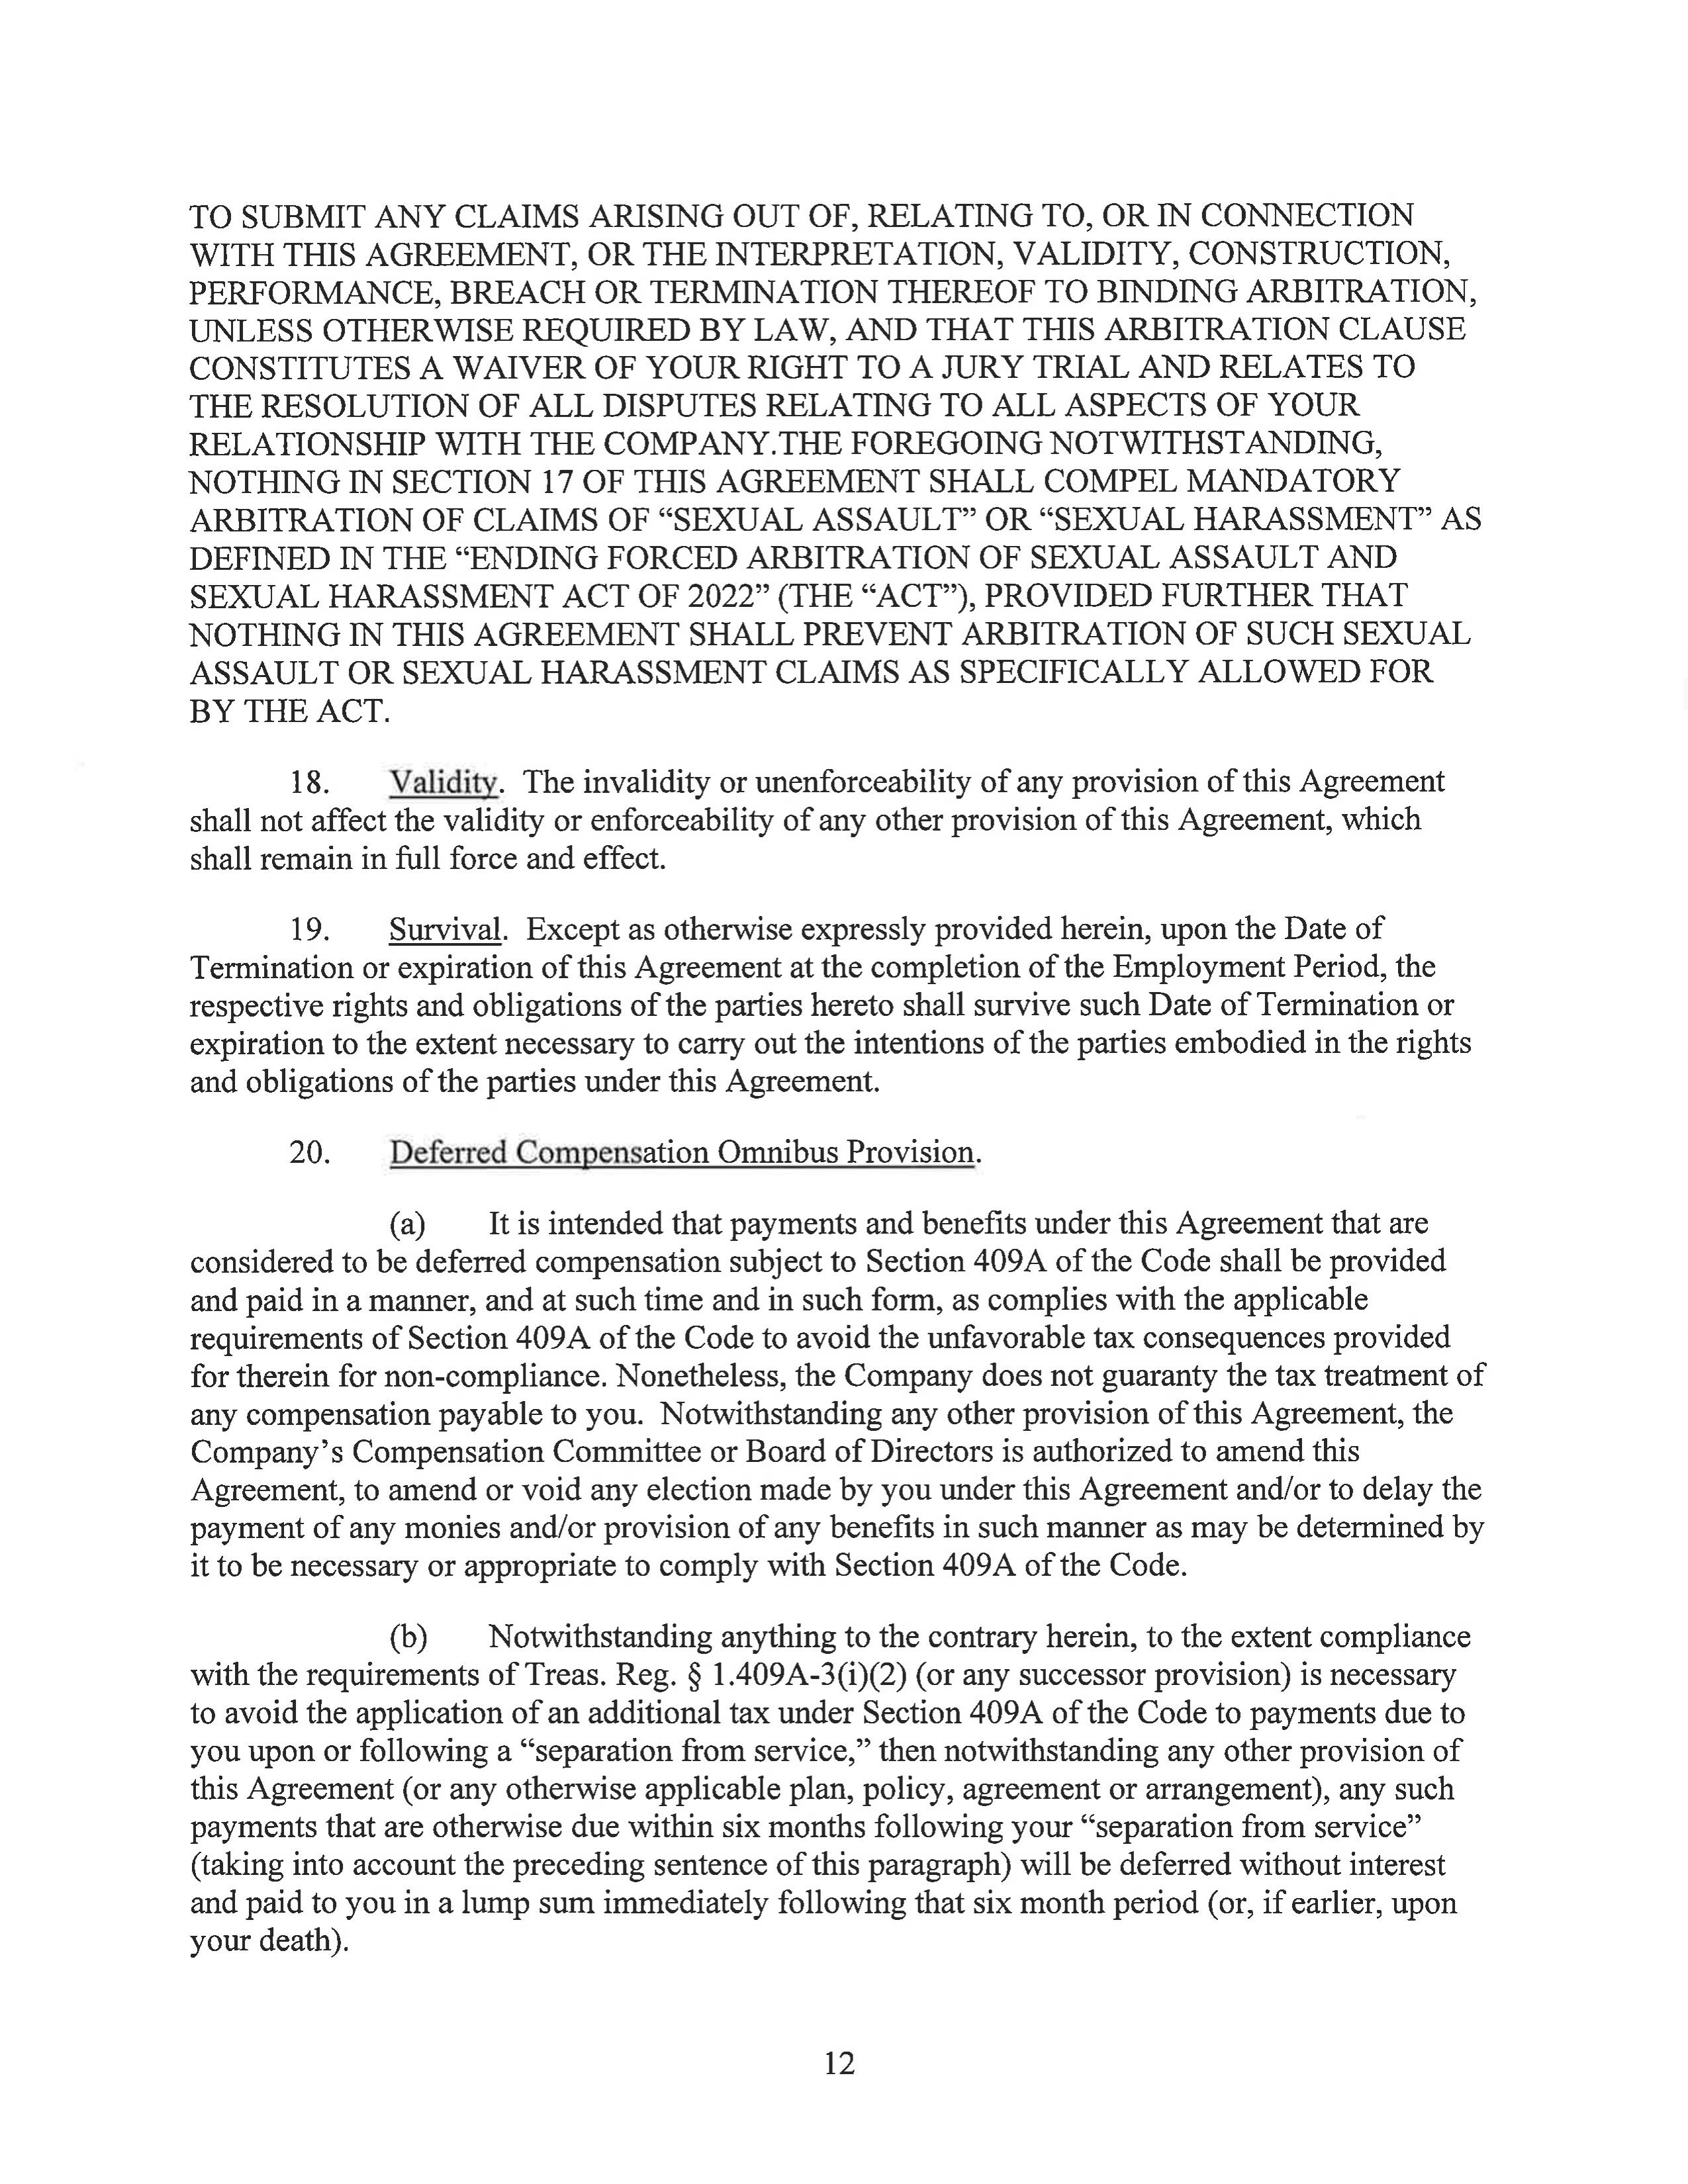
TO SUBMIT ANY CLAIMS ARISING OUT OF, RELATING TO, OR IN CONNECTION
WITH THIS AGREEMENT, OR THE INTERPRETATION, VALIDITY, CONSTRUCTION,
PERFORMANCE, BREACH OR TERMINATION THEREOF TO BINDING ARBITRATION,
UNLESS OTHERWISE REQUIRED BY LAW, AND THAT THIS ARBITRATION CLAUSE
CONSTITUTES A WAIVER OF YOUR RIGHT TO A JURY TRIAL AND RELATES TO
THE RESOLUTION OF ALL DISPUTES RELATING TO ALL ASPECTS OF YOUR
RELATIONSHIP WITH THE COMPANY.THE FOREGOING NOTWITHSTANDING,
NOTHING IN SECTION 17 OF THIS AGREEMENT SHALL COMPEL MANDATORY
ARBITRATION OF CLAIMS OF "SEXUAL ASSAULT" OR "SEXUAL HARASSMENT" AS
DEFINED IN THE "ENDING FORCED ARBITRATION OF SEXUAL ASSAULT AND
SEXUAL HARASSMENT ACT OF 2022" (THE "ACT"), PROVIDED FURTHER THAT
NOTHING IN THIS AGREEMENT SHALL PREVENT ARBITRATION OF SUCH SEXUAL
ASSAULT OR SEXUAL HARASSMENT CLAIMS AS SPECIFICALLY ALLOWED FOR
BY THE ACT.

18.      Validity. The invalidity or unenforceability of any provision of this Agreement
shall not affect the validity or enforceability of any other provision of this Agreement, which
shall remain in full force and effect.

19.      Survival. Except as otherwise expressly provided herein, upon the Date of
Termination or expiration of this Agreement at the completion of the Employment Period, the
respective rights and obligations of the parties hereto shall survive such Date of Termination or
expiration to the extent necessary to carry out the intentions of the parties embodied in the rights
and obligations of the parties under this Agreement.

20.      Deferred Compensation Omnibus Provision.

(a)      It is intended that payments and benefits under this Agreement that are
considered to be deferred compensation subject to Section 409A of the Code shall be provided
and paid in a manner, and at such time and in such form, as complies with the applicable
requirements of Section 409A of the Code to avoid the unfavorable tax consequences provided
for therein for non-compliance. Nonetheless, the Company does not guaranty the tax treatment of
any compensation payable to you. Notwithstanding any other provision of this Agreement, the
Company's Compensation Committee or Board of Directors is authorized to amend this
Agreement, to amend or void any election made by you under this Agreement and/or to delay the
payment of any monies and/or provision of any benefits in such manner as may be determined by
it to be necessary or appropriate to comply with Section 409A of the Code.

(b)      Notwithstanding anything to the contrary herein, to the extent compliance
with the requirements of Treas. Reg. § 1.409A-3(i)(2) (or any successor provision) is necessary
to avoid the application of an additional tax under Section 409A of the Code to payments due to
you upon or following a "separation from service," then notwithstanding any other provision of
this Agreement (or any otherwise applicable plan, policy, agreement or arrangement), any such
payments that are otherwise due within six months following your "separation from service"
(taking into account the preceding sentence of this paragraph) will be deferred without interest
and paid to you in a lump sum immediately following that six month period (or, if earlier, upon
your death).

12